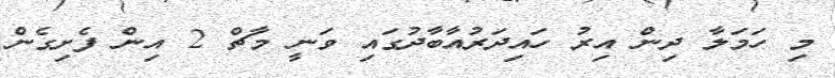
މި ހަމަލާ ދިން އިރު ހައިދަރުއާބާދުގައި ވަނީ މާޗް 2 އިން ފެށިގެން